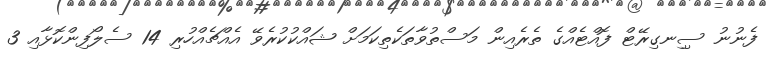
ފެނުނު ސިިނގިރޭޓް ފޮއްޓެއްގެ ތެރެއިން މަސްތުވާތަކެތިކަމަށް ޝައްކުކުރެވޭ އެއްޗެއްހުރި 14 ސެލޯފިންކޮޅާއި 3